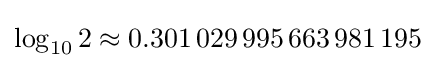
\log _{10}2\approx 0.301\,029\,995\,663\,981\,195